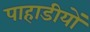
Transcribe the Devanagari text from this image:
पाहाडीयों